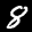
Label: 8